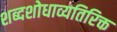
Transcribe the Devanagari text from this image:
शब्दशोधाव्यतिरिक्त